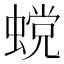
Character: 𰳏